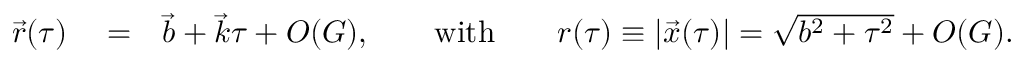
\begin{array} { r l r } { { \vec { r } } ( \tau ) } & { { } = } & { { \vec { b } } + { \vec { k } } \tau + { \cal O } ( G ) , \qquad \mathrm { w i t h } \qquad r ( \tau ) \equiv | { \vec { x } } ( \tau ) | = \sqrt { b ^ { 2 } + \tau ^ { 2 } } + { \cal O } ( G ) . } \end{array}